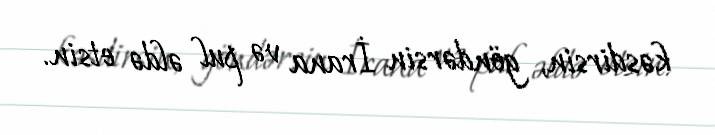
kəsdirsin, göndərsin İrana və pul əldə etsin.